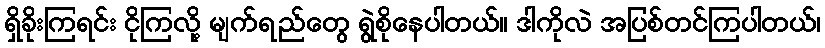
ရှိခိုးကြရင်း ငိုကြလို့ မျက်ရည်တွေ ရွဲစိုနေပါတယ်။ ဒါကိုလဲ အပြစ်တင်ကြပါတယ်၊